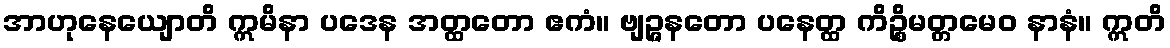
အာဟုနေယျောတိ ဣမိနာ ပဒေန အတ္ထတော ဧကံ။ ဗျဉ္ဇနတော ပနေတ္ထ ကိဉ္စိမတ္တမေဝ နာနံ။ ဣတိ